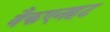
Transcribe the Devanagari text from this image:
वैकएनहट